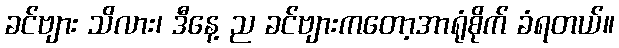
ခင်ဗျား သိလား၊ ဒီနေ့ ည ခင်ဗျားကတော့အာရုံစိုက် ခံရတယ်။